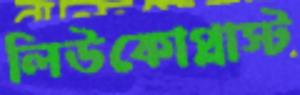
লিউকোপ্লাস্ট